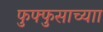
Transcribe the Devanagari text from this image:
फुफ्फुसाच्याा